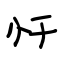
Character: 忏